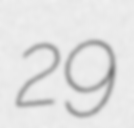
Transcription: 29